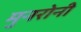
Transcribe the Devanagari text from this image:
मुनरोनी